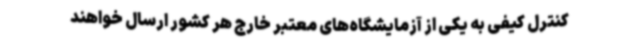
کنترل کیفی به یکی از آزمایشگاه‌های معتبر خارج هر کشور ارسال خواهند